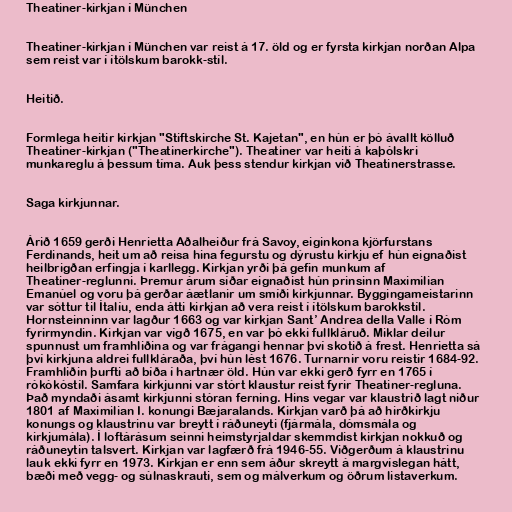
Theatiner-kirkjan í München

Theatiner-kirkjan í München var reist á 17. öld og er fyrsta kirkjan norðan Alpa
sem reist var í ítölskum barokk-stíl.

Heitið.

Formlega heitir kirkjan "Stiftskirche St. Kajetan", en hún er þó ávallt kölluð
Theatiner-kirkjan ("Theatinerkirche"). Theatiner var heiti á kaþólskri
munkareglu á þessum tíma. Auk þess stendur kirkjan við Theatinerstrasse.

Saga kirkjunnar.

Árið 1659 gerði Henrietta Aðalheiður frá Savoy, eiginkona kjörfurstans
Ferdinands, heit um að reisa hina fegurstu og dýrustu kirkju ef hún eignaðist
heilbrigðan erfingja í karllegg. Kirkjan yrði þá gefin munkum af
Theatiner-reglunni. Þremur árum síðar eignaðist hún prinsinn Maximilian
Emanúel og voru þá gerðar áætlanir um smíði kirkjunnar. Byggingameistarinn
var sóttur til Ítalíu, enda átti kirkjan að vera reist í ítölskum barokkstíl.
Hornsteinninn var lagður 1663 og var kirkjan Sant’ Andrea della Valle í Róm
fyrirmyndin. Kirkjan var vígð 1675, en var þó ekki fullkláruð. Miklar deilur
spunnust um framhliðina og var frágangi hennar því skotið á frest. Henrietta sá
því kirkjuna aldrei fullkláraða, því hún lést 1676. Turnarnir voru reistir 1684-92.
Framhliðin þurfti að bíða í hartnær öld. Hún var ekki gerð fyrr en 1765 í
rókókóstíl. Samfara kirkjunni var stórt klaustur reist fyrir Theatiner-regluna.
Það myndaði ásamt kirkjunni stóran ferning. Hins vegar var klaustrið lagt niður
1801 af Maximilian I. konungi Bæjaralands. Kirkjan varð þá að hirðkirkju
konungs og klaustrinu var breytt í ráðuneyti (fjármála, dómsmála og
kirkjumála). Í loftárásum seinni heimstyrjaldar skemmdist kirkjan nokkuð og
ráðuneytin talsvert. Kirkjan var lagfærð frá 1946-55. Viðgerðum á klaustrinu
lauk ekki fyrr en 1973. Kirkjan er enn sem áður skreytt á margvíslegan hátt,
bæði með vegg- og súlnaskrauti, sem og málverkum og öðrum listaverkum.